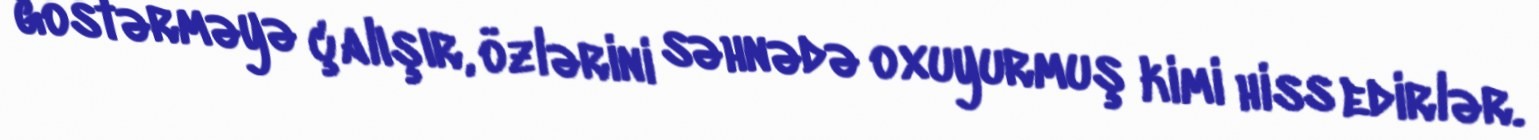
göstərməyə çalışır, özlərini səhnədə oxuyurmuş kimi hiss edirlər.